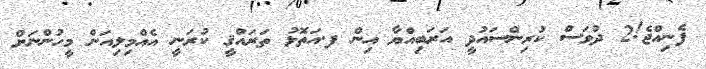
ފެނިއްޖެ!2 ދުވަސް ކުރިންސައުދީ އަރަބިއްޔާ އިން ފ.އަތޮޅު ތަރައްޤީ ކުރަނީ އެއްމިލިއަން މީހުންނަށް